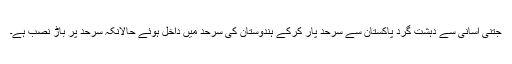
جتنی آسانی سے دہشت گرد پاکستان سے سرحد پار کرکے ہندوستان کی سرحد میں داخل ہوئے حالانکہ سرحد پر باڑ نصب ہے۔